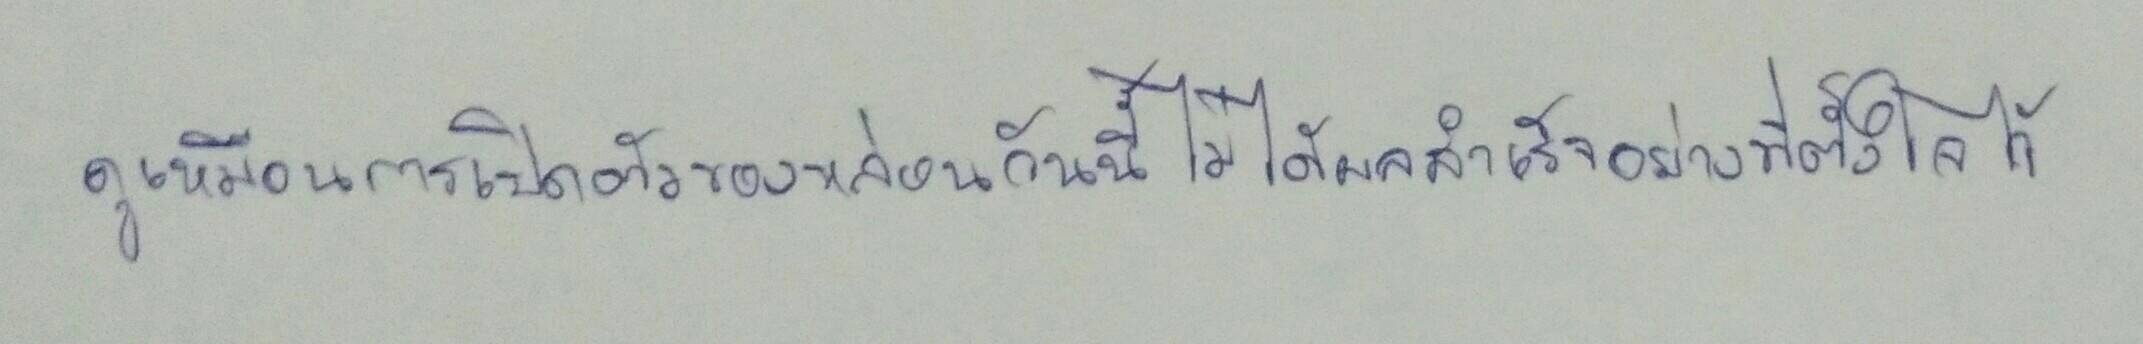
ดูเหมือนการเปิดตัวของหล่อนวันนี้ไม่ได้ผลสำเร็จอย่างที่ตั้งใจไว้